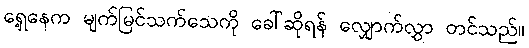
ရှေ့နေက မျက်မြင်သက်သေကို ခေါ်ဆိုရန် လျှောက်လွှာ တင်သည်။